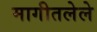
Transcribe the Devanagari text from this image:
मागीतलेले